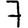
Digit: 7